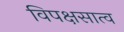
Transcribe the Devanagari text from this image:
विपक्षसात्व